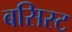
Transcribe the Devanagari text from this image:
बसिस्ट